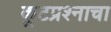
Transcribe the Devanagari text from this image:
कूटप्रश्नाचा